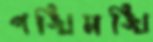
পঙ্খিমঙ্খি